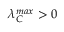
\lambda _ { C } ^ { m a x } > 0